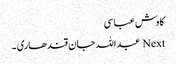
کاوش عباسی
Next عبداللہ جان قندھاری ۔